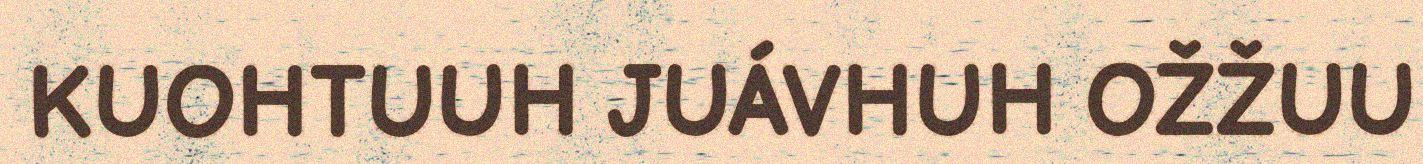
KUOHTUUH JUÁVHUH OŽŽUU